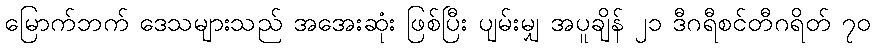
မြောက်ဘက် ဒေသများသည် အအေးဆုံး ဖြစ်ပြီး ပျမ်းမျှ အပူချိန် ၂၁ ဒီဂရီစင်တီဂရိတ် ၇၀